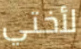
لأختي